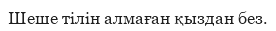
Шеше тілін алмаған қыздан без.